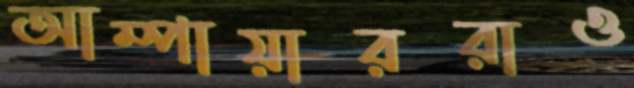
আম্পায়াররাও